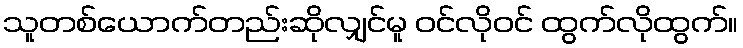
သူတစ်ယောက်တည်းဆိုလျှင်မူ ဝင်လိုဝင် ထွက်လိုထွက်။